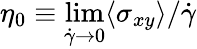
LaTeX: \eta_{0}\equiv\operatorname*{lim}_{\dot{\gamma}\to 0}\langle\sigma_{xy}\rangle/\dot{\gamma}